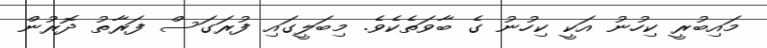
މައިބުރީ ކިހުނު އަކީ ކިހުނު ގެ ބާވަތެކެވެ. މިބަލީގައި ފުރަގަސް ފަރާތު ދޮރުން